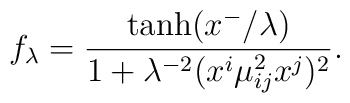
f_\lambda =  \frac{\tanh(x^-/\lambda)}{1 + \lambda^{-2} (x^i \mu^2_{ij}x^j)^2}.